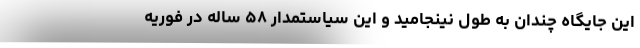
این جایگاه چندان به طول نینجامید و این سیاستمدار ۵۸ ساله در فوریه